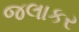
જલાકર